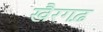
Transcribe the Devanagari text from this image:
खैरगढ़